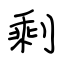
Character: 剩